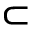
\subset